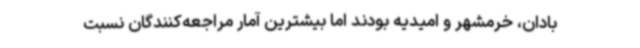
بادان، خرمشهر و امیدیه بودند اما بیشترین آمار مراجعه‌کنندگان نسبت